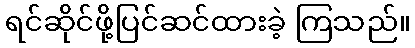
ရင်ဆိုင်ဖို့ပြင်ဆင်ထားခဲ့ ကြသည်။